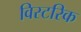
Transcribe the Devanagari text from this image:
विस्टरिक